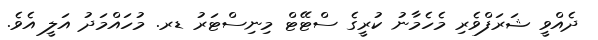
ދެއްވީ ޝަރަފްވެރި މެހެމާނު ކުރީގެ ސްޓޭޓް މިނިސްޓަރު ޑރ. މުހައްމަދު އަލީ އެވެ.